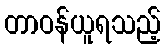
တာဝန်ယူရသည့်